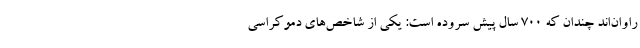
راوان‌اند چندان که 700 سال پیش سروده است: یکی از شاخص‌های دموکراسی